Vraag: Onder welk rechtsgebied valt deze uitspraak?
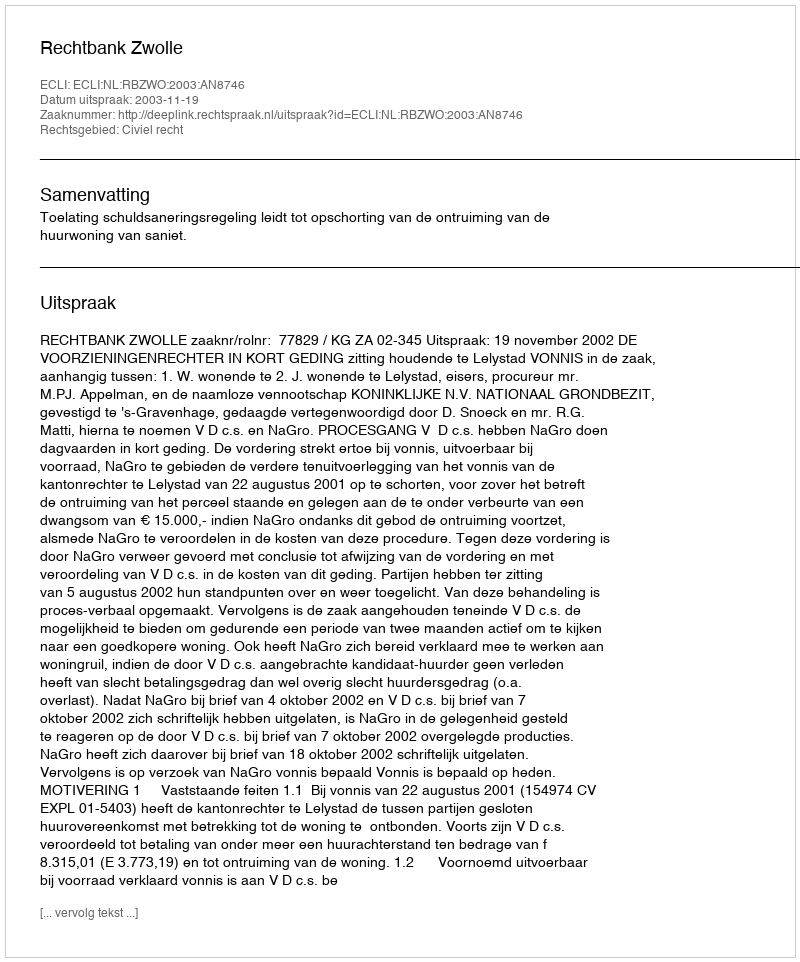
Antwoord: Civiel recht